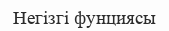
Негізгі фунциясы